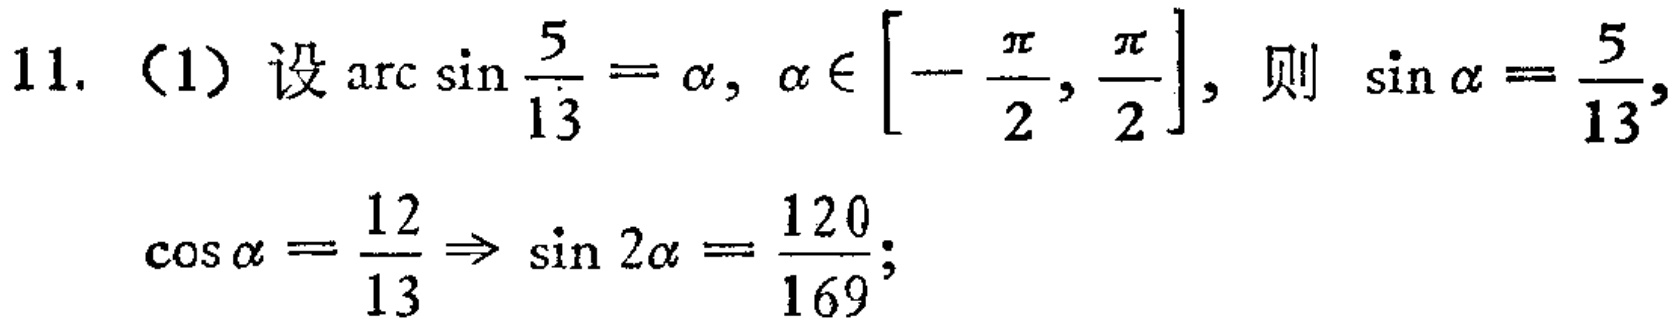
11. (1) 设\(\arcsin\frac{5}{13}=\alpha,\alpha\in[-\frac{\pi}{2},\frac{\pi}{2}]\)，则 \(\sin\alpha = \frac{5}{13},\)
\(\cos\alpha=\frac{12}{13}\Rightarrow\sin 2\alpha=\frac{120}{169};\)